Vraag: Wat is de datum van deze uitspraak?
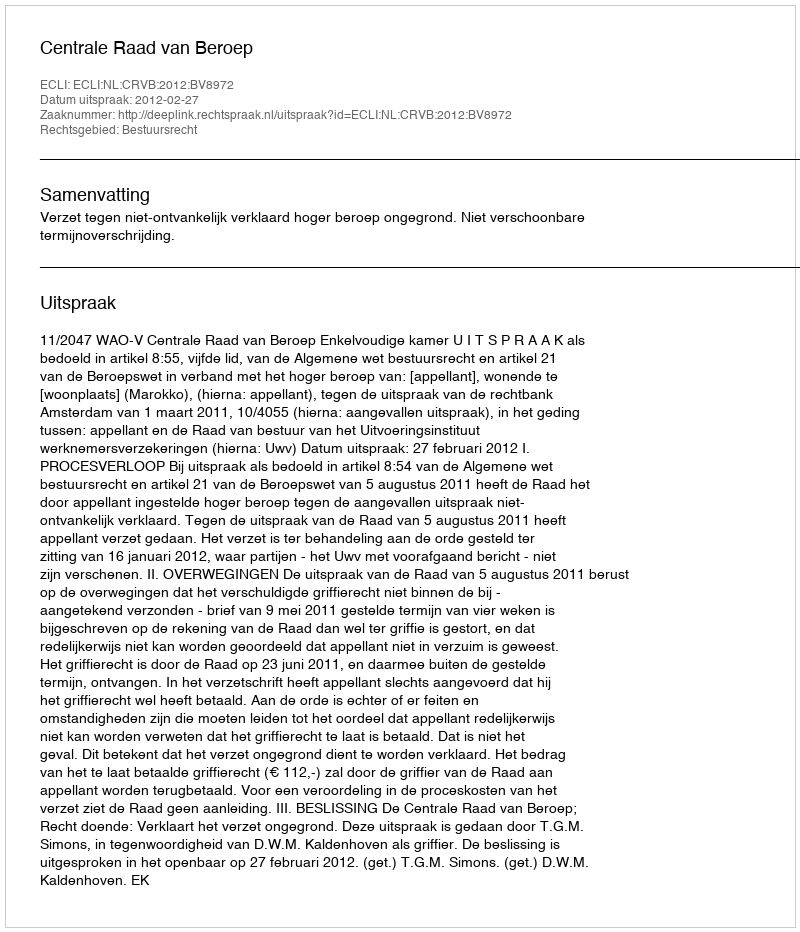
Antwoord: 2012-02-27